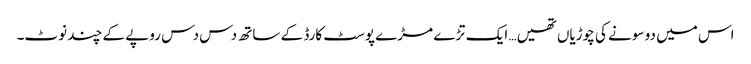
اس میں دو سونے کی چوڑیاں تھیں… ایک تڑے مڑے پوسٹ کارڈ کے ساتھ دس دس روپے کے چند نوٹ۔